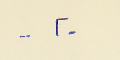
- ٢ -